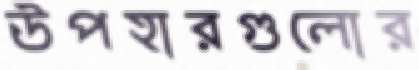
উপহারগুলোর